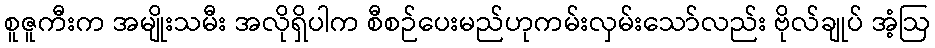
စူဇူကီးက အမျိုးသမီး အလိုရှိပါက စီစဉ်ပေးမည်ဟုကမ်းလှမ်းသော်လည်း ဗိုလ်ချုပ် အံ့ဩ